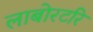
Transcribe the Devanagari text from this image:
लाबोरटरि